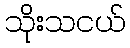
သိုးသငယ်